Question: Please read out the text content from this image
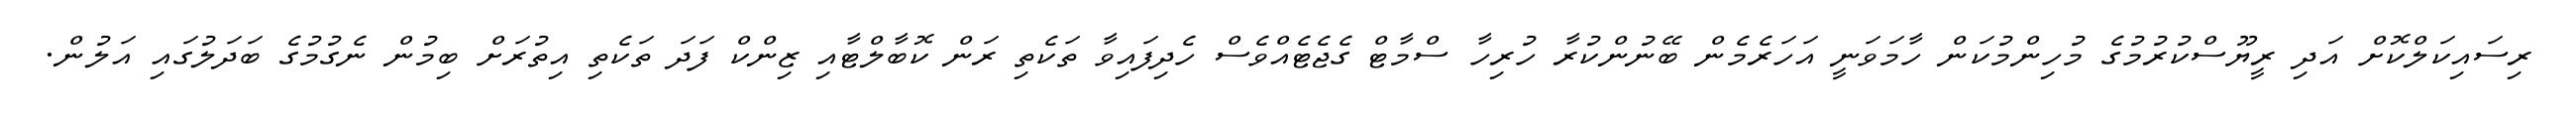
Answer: ރިސައިކަލްކޮށް އަދި ރީޔޫސްކުރުމުގެ މުހިންމުކަން ހާމަވަނީ އަހަރެމެން ބޭނުންކުރާ ހުރިހާ ސްމާޓް ގެޖެޓެއްވެސް ހެދިފައިވާ ތަކެތި ރަން ކޮބާލްޓާއި ޒިންކް ފަދަ ތަކެތި އިތުރަށް ބިމުން ނެގުމުގެ ބަދަލުގައި އަލުން.